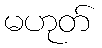
မဟုတ်